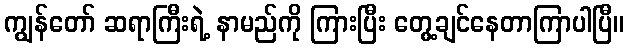
ကျွန်တော် ဆရာကြီးရဲ့ နာမည်ကို ကြားပြီး တွေ့ချင်နေတာကြာပါပြီ။